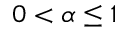
0 < \alpha \leq 1